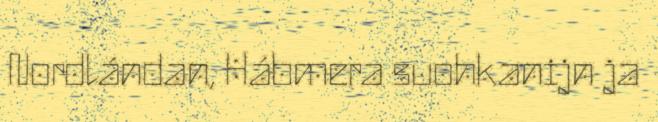
Nordlándan, Hábmera suohkanijn ja